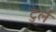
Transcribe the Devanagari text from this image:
टुर्ल